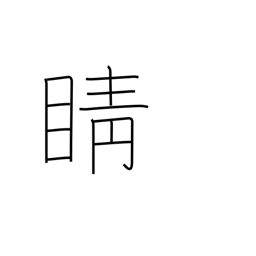
Meaning: pupil of the eye